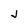
Character: j